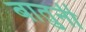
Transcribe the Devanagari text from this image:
बातुनी